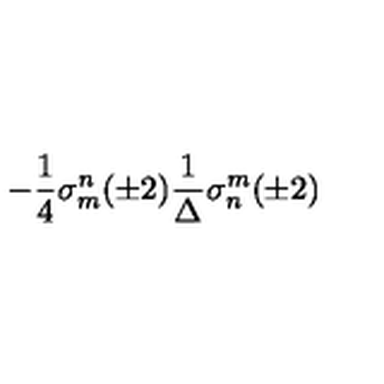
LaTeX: - \frac { 1 } { 4 } \sigma _ { m } ^ { n } ( \pm 2 ) \frac { 1 } { \Delta } \sigma _ { n } ^ { m } ( \pm 2 )